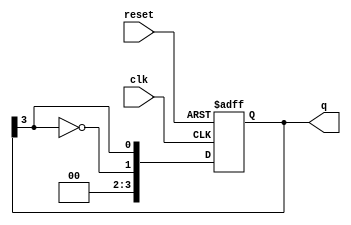
module johnson_counter #(parameter N = 4) (
    input wire clk,          // Clock signal
    input wire reset,        // Asynchronous reset signal
    output reg [N-1:0] q     // Output of the counter
);

    // Always block for the Johnson counter
    always @(posedge clk or posedge reset) begin
        if (reset) begin
            // Reset all flip-flops to 0
            q <= 0;
        end else begin
            // Johnson counter logic: Shift and feedback
            q <= {~q[N-1], q[N-1:N-1]}; // Shift and invert last flip-flop output
        end
    end

endmodule